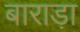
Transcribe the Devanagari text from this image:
बाराड़ा